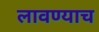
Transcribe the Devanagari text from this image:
लावण्याच